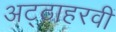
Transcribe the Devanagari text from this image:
अट्ठाहरवीं